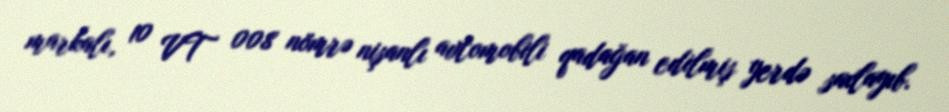
markalı, 10 VT 008 nömrə nişanlı avtomobili qadağan edilmiş yerdə saxlayıb.